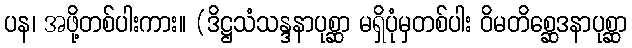
ပန၊ အဖို့တစ်ပါးကား။ (ဒိဋ္ဌသံသန္ဒနာပုစ္ဆာ မရှိပုံမှတစ်ပါး ဝိမတိစ္ဆေဒနာပုစ္ဆာ